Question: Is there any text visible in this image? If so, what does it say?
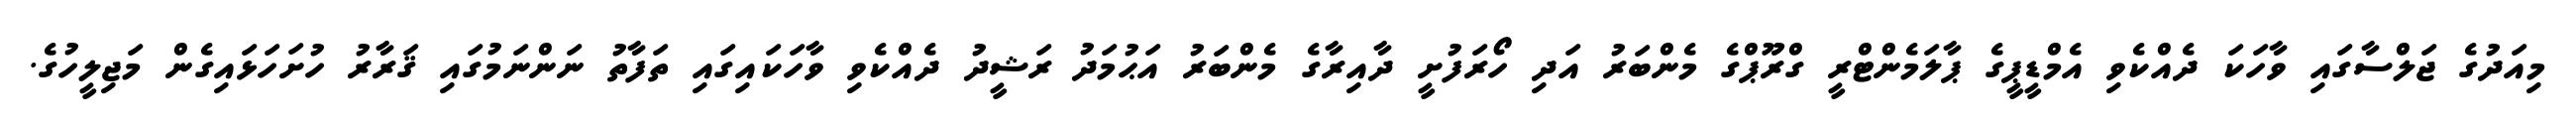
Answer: މިއަދުގެ ޖަލްސާގައި ވާހަކަ ދެއްކެވި އެމްޑީޕީގެ ޕާލަމެންޓްރީ ގްރޫޕްގެ މެންބަރު އަދި ހޯރަފުށީ ދާއިރާގެ މެންބަރު އަޙުމަދު ރަޝީދު ދެއްކެވި ވާހަކައިގައި ތަފާތު ނަންނަމުގައި ޤަރާރު ހުށަހަޅައިގެން މަޖިލީހުގެ.